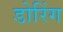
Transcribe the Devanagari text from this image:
डोरिंग